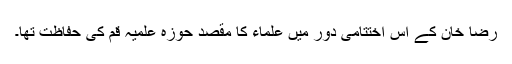
رضا خان کے اس اختتامی دور میں علماء کا مقصد حوزہ علمیہ قم کی حفاظت تها۔